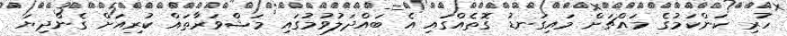
ހުރި ކަންކަމުގެ މައްޗަށް މައިގަނޑު ގޮތެއްގައި އެ ބައްދަލުވުމުގައި މަޝްވަރާތައް ކުރިއަށް ގެންދިޔަ